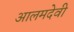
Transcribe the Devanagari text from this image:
आलमदेवी